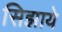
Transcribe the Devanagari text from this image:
सिझाये